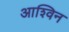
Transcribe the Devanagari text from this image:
आश्‍विन